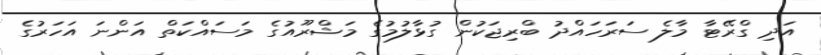
އަދި ގްރޭޓާ މާލެ ސަރަހައްދު ބްރިޖަކުން ގުޅާލުމުގެ މަޝްރޫއުގެ މަސައްކަތް އަންނަ އަހަރުގެ